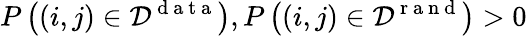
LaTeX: P\left((i,j)\in{\cal D}^{\mathrm{~d~a~t~a~}}\right),P\left((i,j)\in{\cal D}^{\mathrm{~r~a~n~d~}}\right)>0